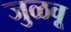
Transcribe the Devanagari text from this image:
जुळवू